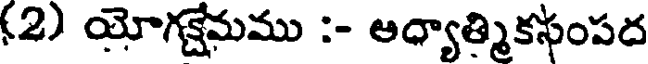
(2) యోగక్షేమము :- ఆధ్యాత్మికసంపద